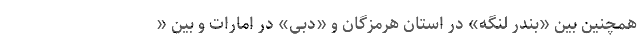
همچنین بین «بندر لنگه» در استان هرمزگان و «دبی» در امارات و بین «